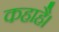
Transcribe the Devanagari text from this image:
कहाहै।